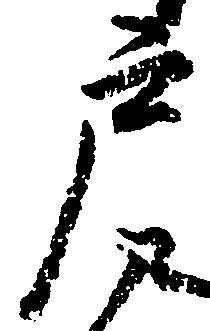
戸